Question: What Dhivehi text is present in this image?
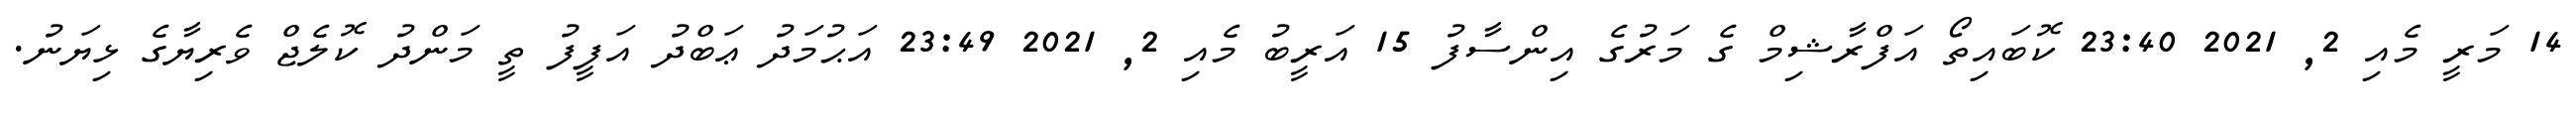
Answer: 14 މަރީ މެއި 2, 2021 23:40 ކޮބައިތޯ އަފްރާޝިމް ގެ މަރުގެ އިންސާފު 15 އަރީބު މެއި 2, 2021 23:49 އަޙުމަދު ޢަބްދު އަފީފު ތީ މަންދު ކޮލެޖް ވެރިޔާގެ ޅިޔަނު.